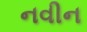
નવીન